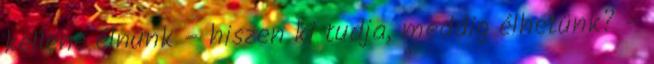
kellene élnünk – hiszen ki tudja, meddig élhetünk? –